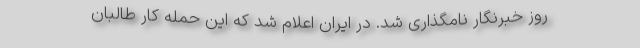
روز خبرنگار نامگذاری شد. در ایران اعلام شد که این حمله کار طالبان